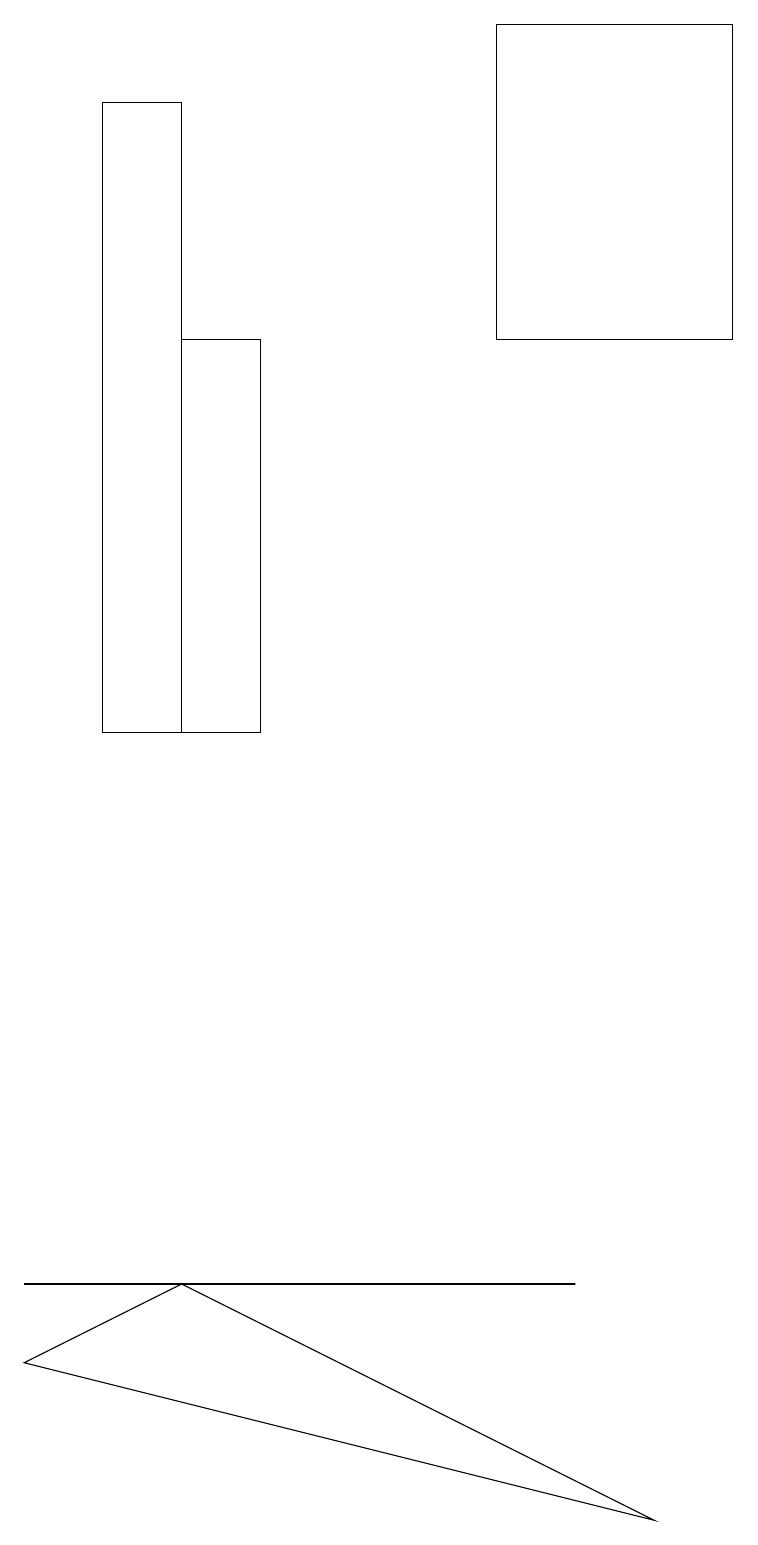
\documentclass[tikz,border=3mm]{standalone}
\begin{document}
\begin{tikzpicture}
\draw (3,15) rectangle (2,10);
\draw (8,0) -- (2,3) -- (0,2) -- cycle;
\draw (9,19) rectangle (6,15);
\draw (2,10) rectangle (1,18);
\draw (0,3) -- (7,3) -- (2,3) -- cycle;
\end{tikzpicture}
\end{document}